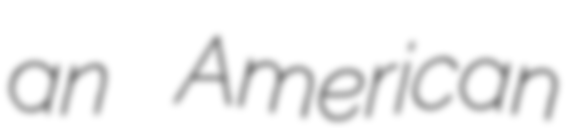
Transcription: an American